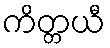
ကိတ္တယီ